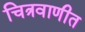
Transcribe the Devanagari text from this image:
चित्रवाणीत